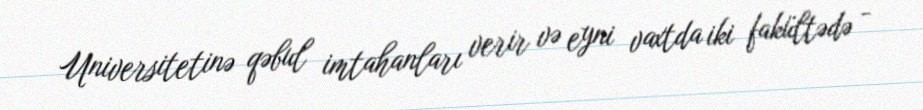
Universitetinə qəbul imtahanları verir və eyni vaxtda iki fakültədə -